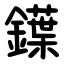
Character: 鐷